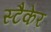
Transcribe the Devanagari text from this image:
स्टैकेर